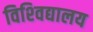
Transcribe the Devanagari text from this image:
विश्‍विद्यालय